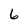
Character: 6